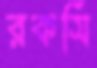
রকসি